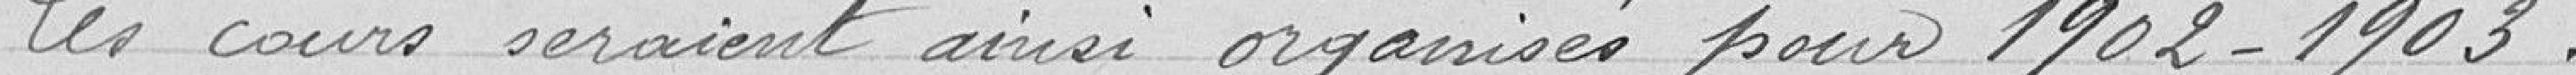
Les cours seraient ansi organisés pour 1902-1903